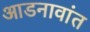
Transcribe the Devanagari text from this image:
आडनावांत